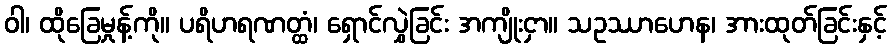
ဝါ၊ ထိုခြေမှုန့်ကို။ ပရိဟရဏတ္ထံ၊ ရှောင်လွှဲခြင်း အကျိုးငှာ။ သဥဿာဟေန၊ အားထုတ်ခြင်းနှင့်